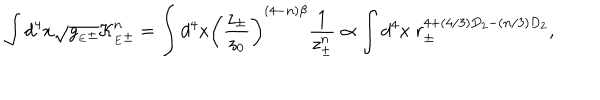
\int d ^ { 4 } x \sqrt { g _ { { } _ { E } \pm } } { \cal K } _ { { } _ { E } \pm } ^ { n } = \int d ^ { 4 } x \left( { \frac { z _ { \pm } } { z _ { 0 } } } \right) ^ { ( 4 - n ) \beta } { \frac { 1 } { z _ { \pm } ^ { n } } } \propto \int d ^ { 4 } x \; r _ { \pm } ^ { 4 + ( 4 / 3 ) D _ { 2 } - ( n / 3 ) D _ { 2 } } ,